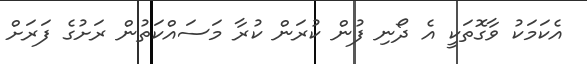
އެކަމަކު ވާގޮތަކީ އެ ދޯނި ފުން ކުރަން ކުރާ މަސައްކަތުން ރަށުގެ ފަރަށް